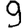
Digit: 9